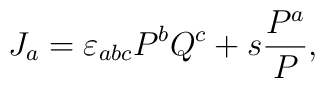
J_a= \varepsilon_{abc}P^bQ^c +s\frac{P^a}{P},